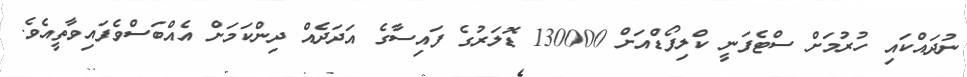
ނުދައްކައި ހުރުމަށް ސްޓެފަނީ ކްލިފޯޑްއަށް 130000 ޑޮލަރުގެ ފައިސާގެ އަދަދެއް ދިންކަމަށް އެއްބަސްވެފައިވާތީއެވެ.